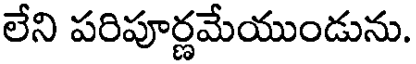
లేని పరిపూర్ణమేయుండును.